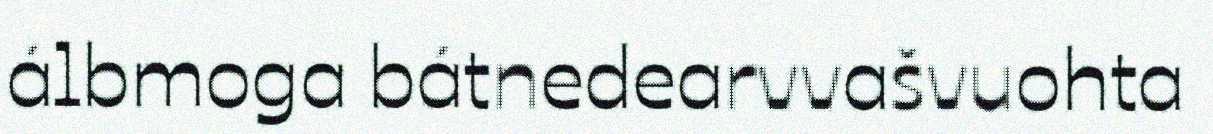
álbmoga bátnedearvvašvuohta